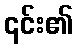
၎င်း၏